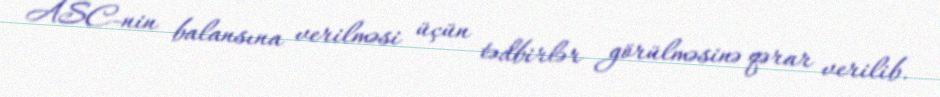
ASC-nin balansına verilməsi üçün tədbirlər görülməsinə qərar verilib.